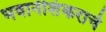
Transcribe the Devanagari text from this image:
भवानीशंकराचे